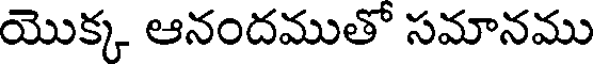
యొక్క ఆనందముతో సమానము